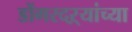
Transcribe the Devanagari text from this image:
डोंगरदऱ्यांच्या